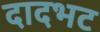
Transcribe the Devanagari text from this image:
दादभट